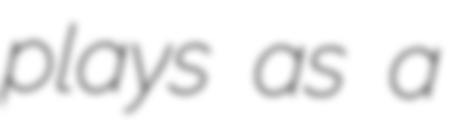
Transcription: plays as a